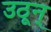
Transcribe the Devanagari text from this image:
उठून्